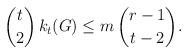
LaTeX: \begin{align*} \binom{t}2 \, k_t(G) \le m \, \binom{r-1}{t-2}.\end{align*}